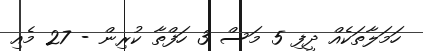
ހަމަލާތަކެއް ދީފި 5 މަސް 3 ހަފްތާ ކުރިން - 27 މެއި